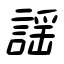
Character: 謡